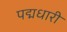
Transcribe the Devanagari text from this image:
पद्मधारी